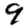
Digit: 9